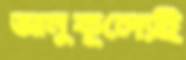
আনুকূল্যেই